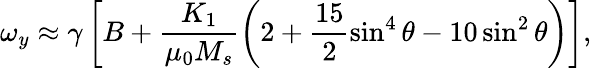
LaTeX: \omega_{y}\approx\gamma\left[B+\frac{K_{1}}{\mu_{0}M_{s}}\left(2+\frac{15}{2}\sin^{4}\theta-10\sin^{2}\theta\right)\right],